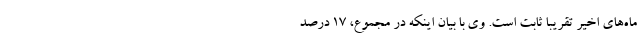
ماه‌های اخیر تقریبا ثابت است. وی با بیان اینکه در مجموع، 17 درصد